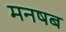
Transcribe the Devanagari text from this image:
मनषब